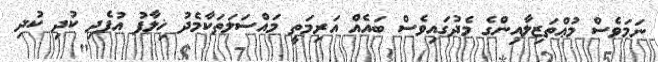
ނަމަވެސް މުޢްތަޒިލާއިންގެ މެދުގައިވެސް ބައެއް އަރިމަތީ މައްސަލަތަކާމެދު ޚިލާފު އުފެދި ކުދި ކުދި